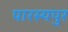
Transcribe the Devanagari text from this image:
पारस्यपुर